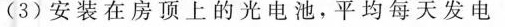
(3)安装在房顶上的光电池，平均每天发电